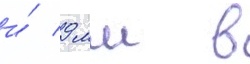
и́ 9 мм в